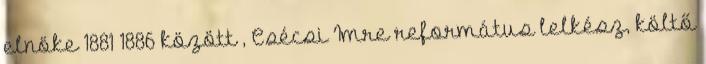
elnöke 1881–1886 között , Csécsi Imre református lelkész, költő